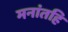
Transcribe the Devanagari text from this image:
मनांतहि